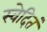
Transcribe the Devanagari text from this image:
स्वेदितं